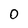
Character: 0